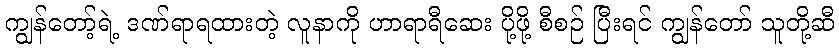
ကျွန်တော့်ရဲ့ ဒဏ်ရာရထားတဲ့ လူနာကို ဟာရာရီဆေး ပို့ဖို့ စီစဉ် ပြီးရင် ကျွန်တော် သူတို့ဆီ